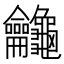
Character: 𪛕